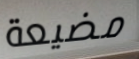
مضيعة